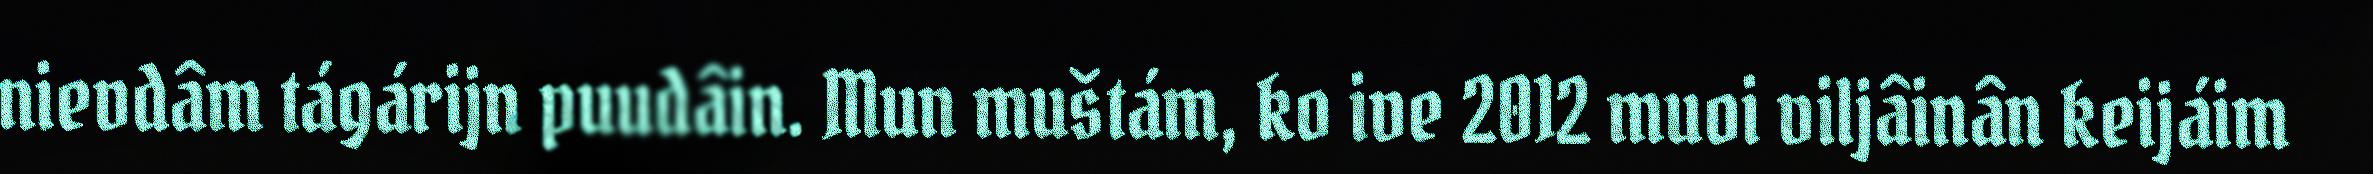
nievdâm tágárijn puudâin. Mun muštám, ko ive 2012 muoi viljâinân keijáim